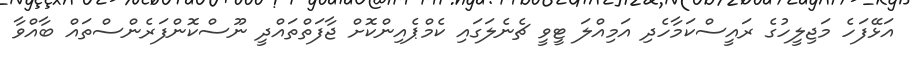
އަޅޭފަހެ މަޖިލީހުގެ ރައީސްކަމާހެދި އަމިއްލަ ޓީވީ ޗެނެލަގައި ކެމްޕެއިންކޮށް ޖާފަތްތައްދީ ނޫސްކޮންފަރެންސްތައް ބާއްވާ